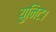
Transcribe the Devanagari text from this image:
युनिट।